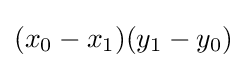
(x_{0}-x_{1})(y_{1}-y_{0})